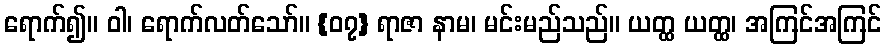
ရောက်၍။ ဝါ၊ ရောက်လတ်သော်။ {၀၇} ရာဇာ နာမ၊ မင်းမည်သည်။ ယတ္ထ ယတ္ထ၊ အကြင်အကြင်